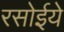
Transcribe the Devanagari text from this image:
रसोईये